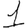
Digit: 1